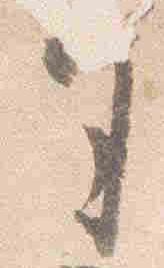
司